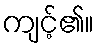
ကျင့်၏။